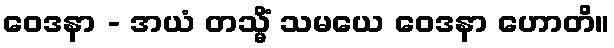
ဝေဒနာ - အယံ တသ္မိံ သမယေ ဝေဒနာ ဟောတိ။